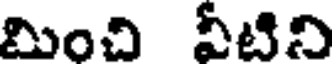
మించి వీటిని